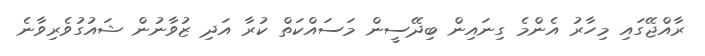
ރާއްޖޭގައި މިހާރު އެންމެ ގިނައިން ބިދޭސީން މަސައްކަތް ކުރާ އަދި ޒުވާނުން ޝައުގުވެރިވާނެ